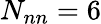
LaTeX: N_{nn}=6